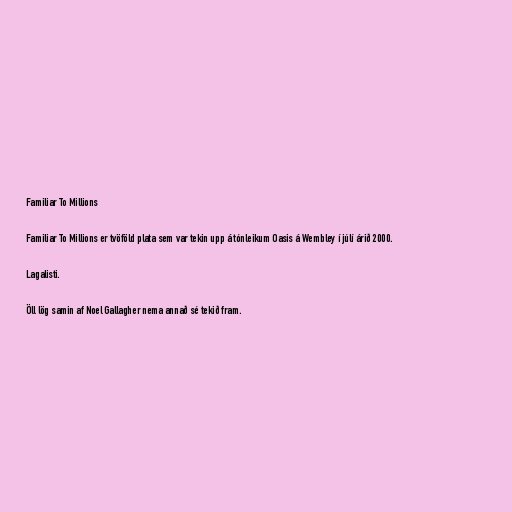
Familiar To Millions

Familiar To Millions er tvöföld plata sem var tekin upp á tónleikum Oasis á Wembley í júlí árið 2000.

Lagalisti.

Öll lög samin af Noel Gallagher nema annað sé tekið fram.